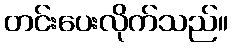
တင်းပေးလိုက်သည်။